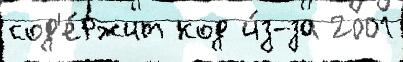
сод'е́ржит код и́з-за 2001